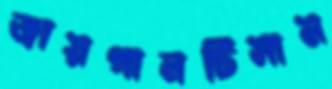
জায়গানটিসাম